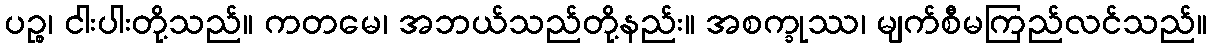
ပဉ္စ၊ ငါးပါးတို့သည်။ ကတမေ၊ အဘယ်သည်တို့နည်း။ အစက္ခုဿ၊ မျက်စီမကြည်လင်သည်။